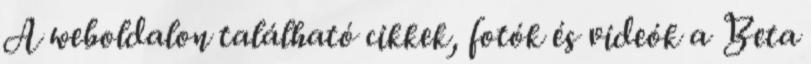
A weboldalon található cikkek, fotók és videók a Beta